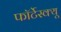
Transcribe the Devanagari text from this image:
फॉर्टेस्क्यू